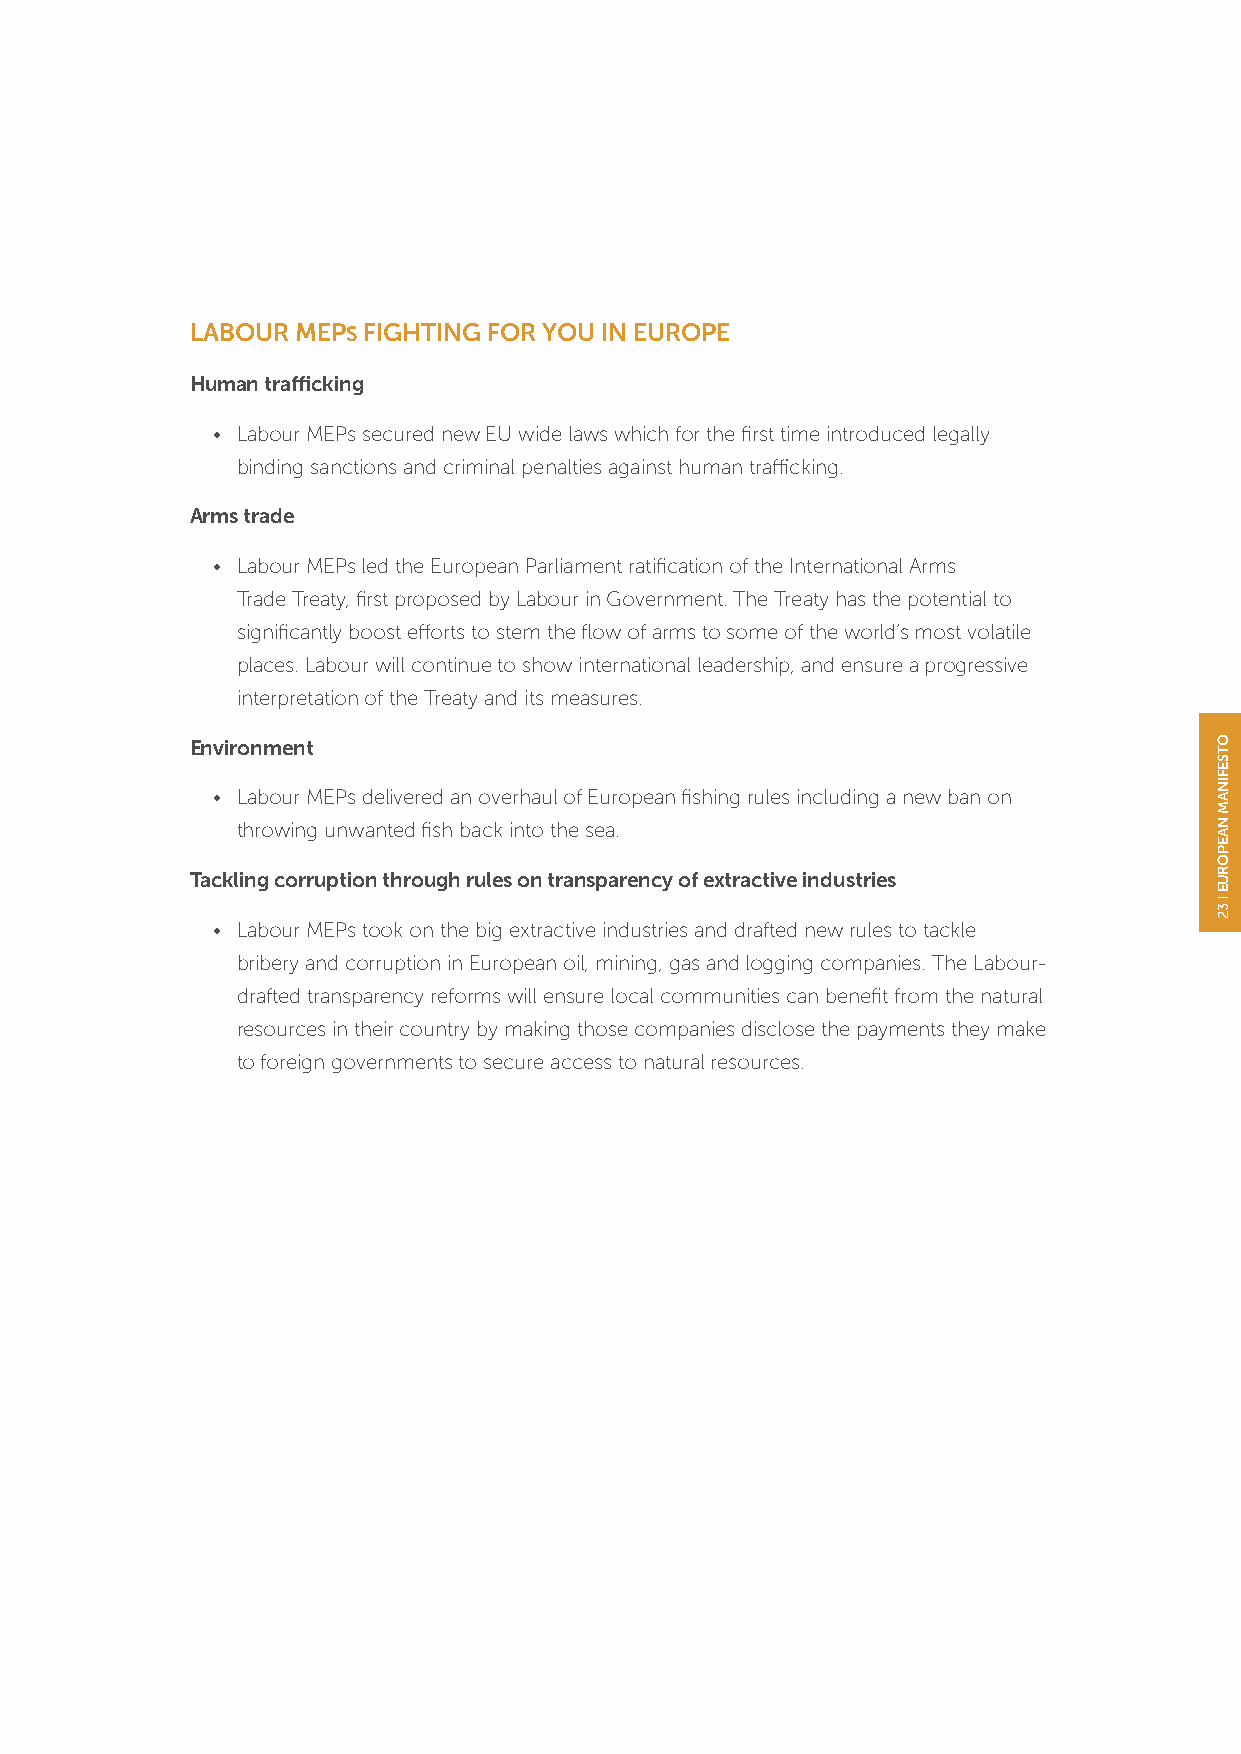
LABOUR MEPS FIGHTING FOR YOU IN EUROPE
 Human trafficking
 • Labour MEPs secured new EU wide laws which for the first time introduced legally
 binding sanctions and criminal penalties against human trafficking.
 Arms trade
 • Labour MEPs led the European Parliament ratification of the International Arms
 Trade Treaty, first proposed by Labour in Government. The Treaty has the potential to
 significantly boost efforts to stem the flow of arms to some of the world’s most volatile
 places. Labour will continue to show international leadership, and ensure a progressive
 interpretation of the Treaty and its measures.
 Environment
 • Labour MEPs delivered an overhaul of European fishing rules including a new ban on
 throwing unwanted fish back into the sea.
 Tackling corruption through rules on transparency of extractive industries
 • Labour MEPs took on the big extractive industries and drafted new rules to tackle
 bribery and corruption in European oil, mining, gas and logging companies. The Labour-
 drafted transparency reforms will ensure local communities can benefit from the natural
 resources in their country by making those companies disclose the payments they make
 to foreign governments to secure access to natural resources.
 OTSEFINAM
 NAEPORUE
 32